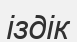
іздік